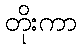
တိုးကာ